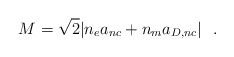
\begin{align*}M=\sqrt2|n_e a_{nc}+n_m a_{D,nc}|\ \ .\end{align*}